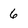
Character: 6